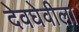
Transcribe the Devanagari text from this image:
देवघेवीला